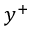
y ^ { + }